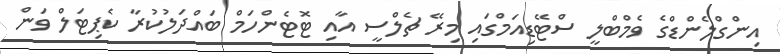
އިންގްލެންޑްގެ ވެމްބްލީ ސްޓޭޑިއަމްގައި މިރޭ ޗެލްސީ އާއި ޓޮޓެންހަމް ބައްދަލުކުރާ ކެޕިޓަލް ވަން